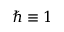
\hbar \equiv 1